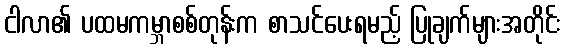
ငါလာ၏ ပထမကမ္ဘာစစ်တုန်းက စာသင်ပေးရမည့် ပြုချက်များအတိုင်း